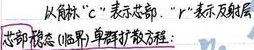
以角标“\(c\)”表示芯部，“\(r\)”表示反射层。芯部稳态(临界)单群扩散方程：